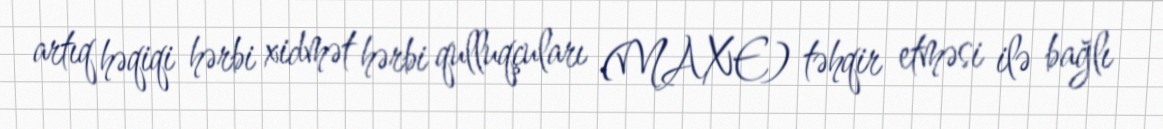
artıq həqiqi hərbi xidmət hərbi qulluqçuları (MAXE) təhqir etməsi ilə bağlı